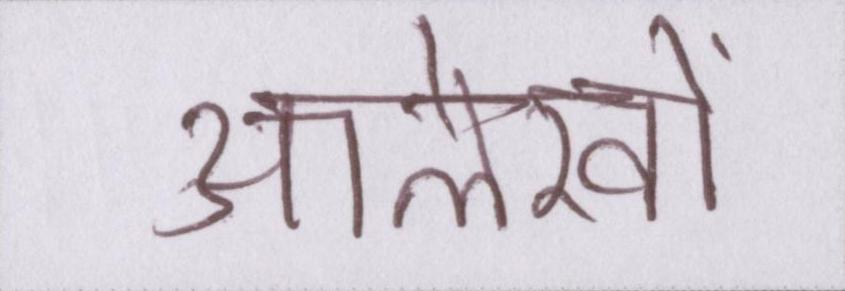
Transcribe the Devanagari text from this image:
आलेखों